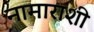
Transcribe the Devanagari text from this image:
नामाराशी